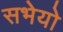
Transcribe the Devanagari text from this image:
सभेयो